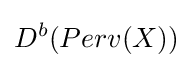
D^{b}(Perv(X))